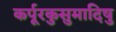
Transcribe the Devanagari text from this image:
कर्पूरकुसुमादिषु